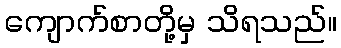
ကျောက်စာတို့မှ သိရသည်။